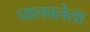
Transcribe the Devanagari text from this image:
घालवलेला